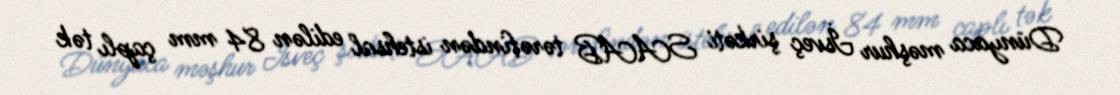
Dünyaca məşhur İsveç şirkəti SAAB tərəfindən istehsal edilən 84 mm çaplı tək